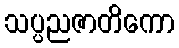
သပ္ပညဇာတိကော